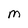
Character: m